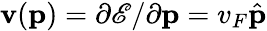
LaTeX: {\mathbf v}({\mathbf p})=\partial\mathscr{E}/\partial{\mathbf p}=v_{F}\hat{\mathbf p}